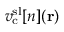
v _ { \mathrm { c } } ^ { \mathrm { s l } } [ n ] ( \mathbf { r } )